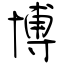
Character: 博